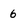
Character: 6